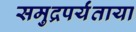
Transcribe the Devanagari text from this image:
समुद्रपर्यंताया